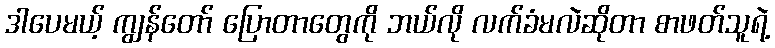
ဒါပေမယ့် ကျွန်တော် ပြောတာတွေကို ဘယ်လို လက်ခံမလဲဆိုတာ စာဖတ်သူရဲ့